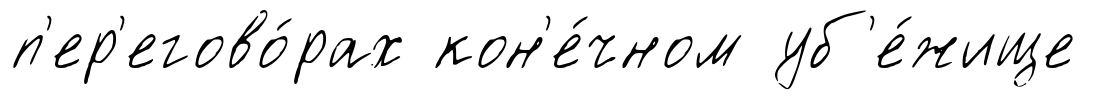
п'ер'егово́рах кон'е́чном уб'е́жище